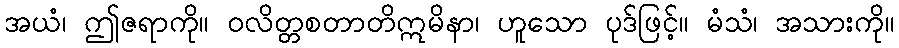
အယံ၊ ဤဇရာကို။ ဝလိတ္တစတာတိဣမိနာ၊ ဟူသော ပုဒ်ဖြင့်။ မံသံ၊ အသားကို။